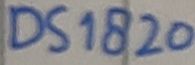
Text: DS1820